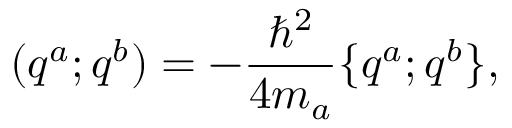
( q ^ { a } ; q ^ { b } ) = - { \frac { \hbar ^ { 2 } } { 4 m _ { a } } } \{ q ^ { a } ; q ^ { b } \} ,